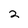
Character: 2